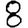
Digit: 8